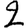
Digit: 2